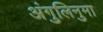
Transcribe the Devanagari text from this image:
अंगुलिनुमा